Proceedings of the meeting of veterinary officers in India
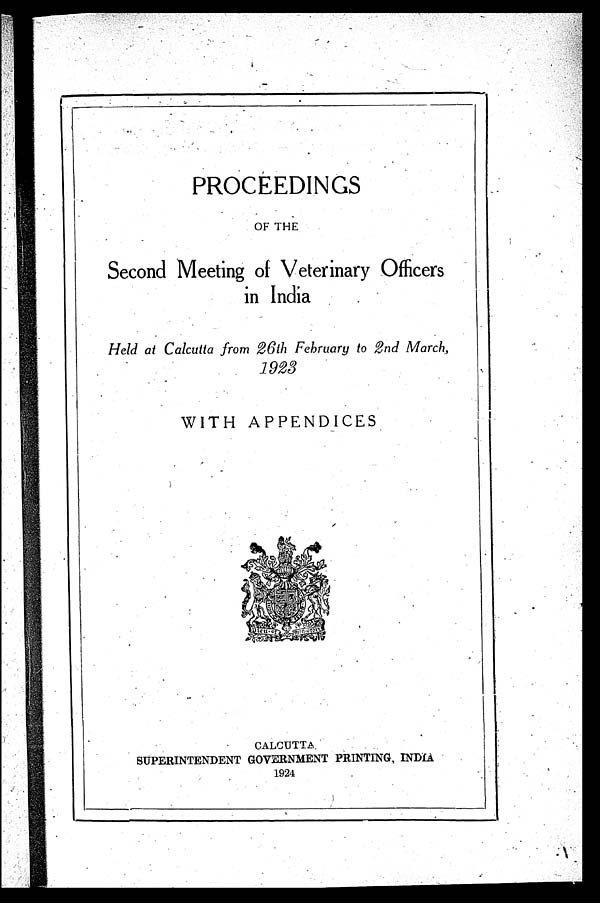
PROCEEDINGS
OF THE
Second Meeting of Veterinary Officers
in India
Held at Calcutta from 26th February to 2nd March,
1923
WITH APPENDICES
CALCUTTA.
SUPERINTENDENT GOVERNMENT PRINTING, INDIA
1924